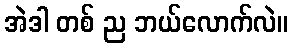
အဲဒါ တစ် ည ဘယ်လောက်လဲ။